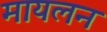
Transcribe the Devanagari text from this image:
मायलन